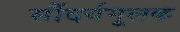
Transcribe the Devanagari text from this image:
सौंदर्यमूलक